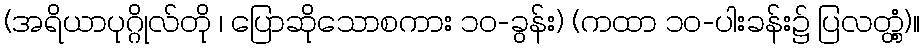
(အရိယာပုဂ္ဂိုလ်တို ၊ ပြောဆိုသောစကား ၁၀-ခွန်း) (ကထာ ၁၀-ပါးခန်း၌ ပြလတ္တံ့)။